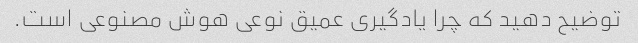
توضیح دهید که چرا یادگیری عمیق نوعی هوش مصنوعی است.